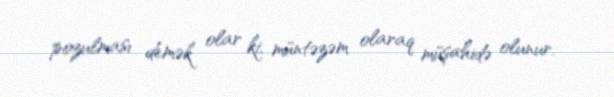
pozulması demək olar ki, müntəzəm olaraq müşahidə olunur.